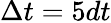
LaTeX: \Delta t=5dt